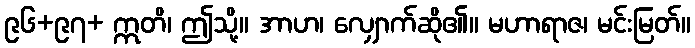
၉၆+၉၇+ ဣတိ၊ ဤသို့။ အာဟ၊ လျှောက်ဆို၏။ မဟာရာဇ၊ မင်းမြတ်။